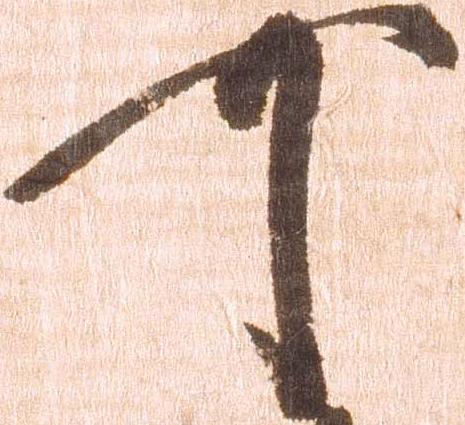
可